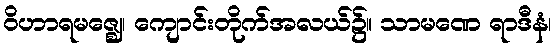
ဝိဟာရမဇ္ဈေ၊ ကျောင်းတိုက်အလယ်၌။ သာမဏေ ရာဒီနံ၊